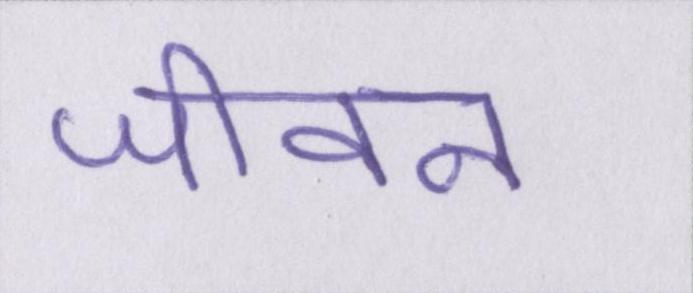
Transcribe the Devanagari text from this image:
जीवन